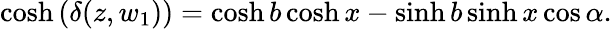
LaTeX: \cosh\left(\delta(z,w_{1})\right)=\cosh b\cosh x-\sinh b\sinh x\cos\alpha.